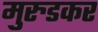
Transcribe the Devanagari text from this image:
मुरुडकर